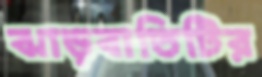
ঝাড়বাতিটির